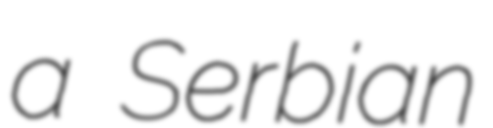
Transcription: a Serbian